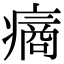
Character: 𤹟